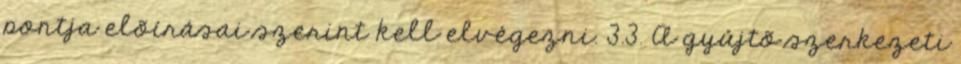
pontja elõírásai szerint kell elvégezni. 3.3. A gyûjtõ szerkezeti